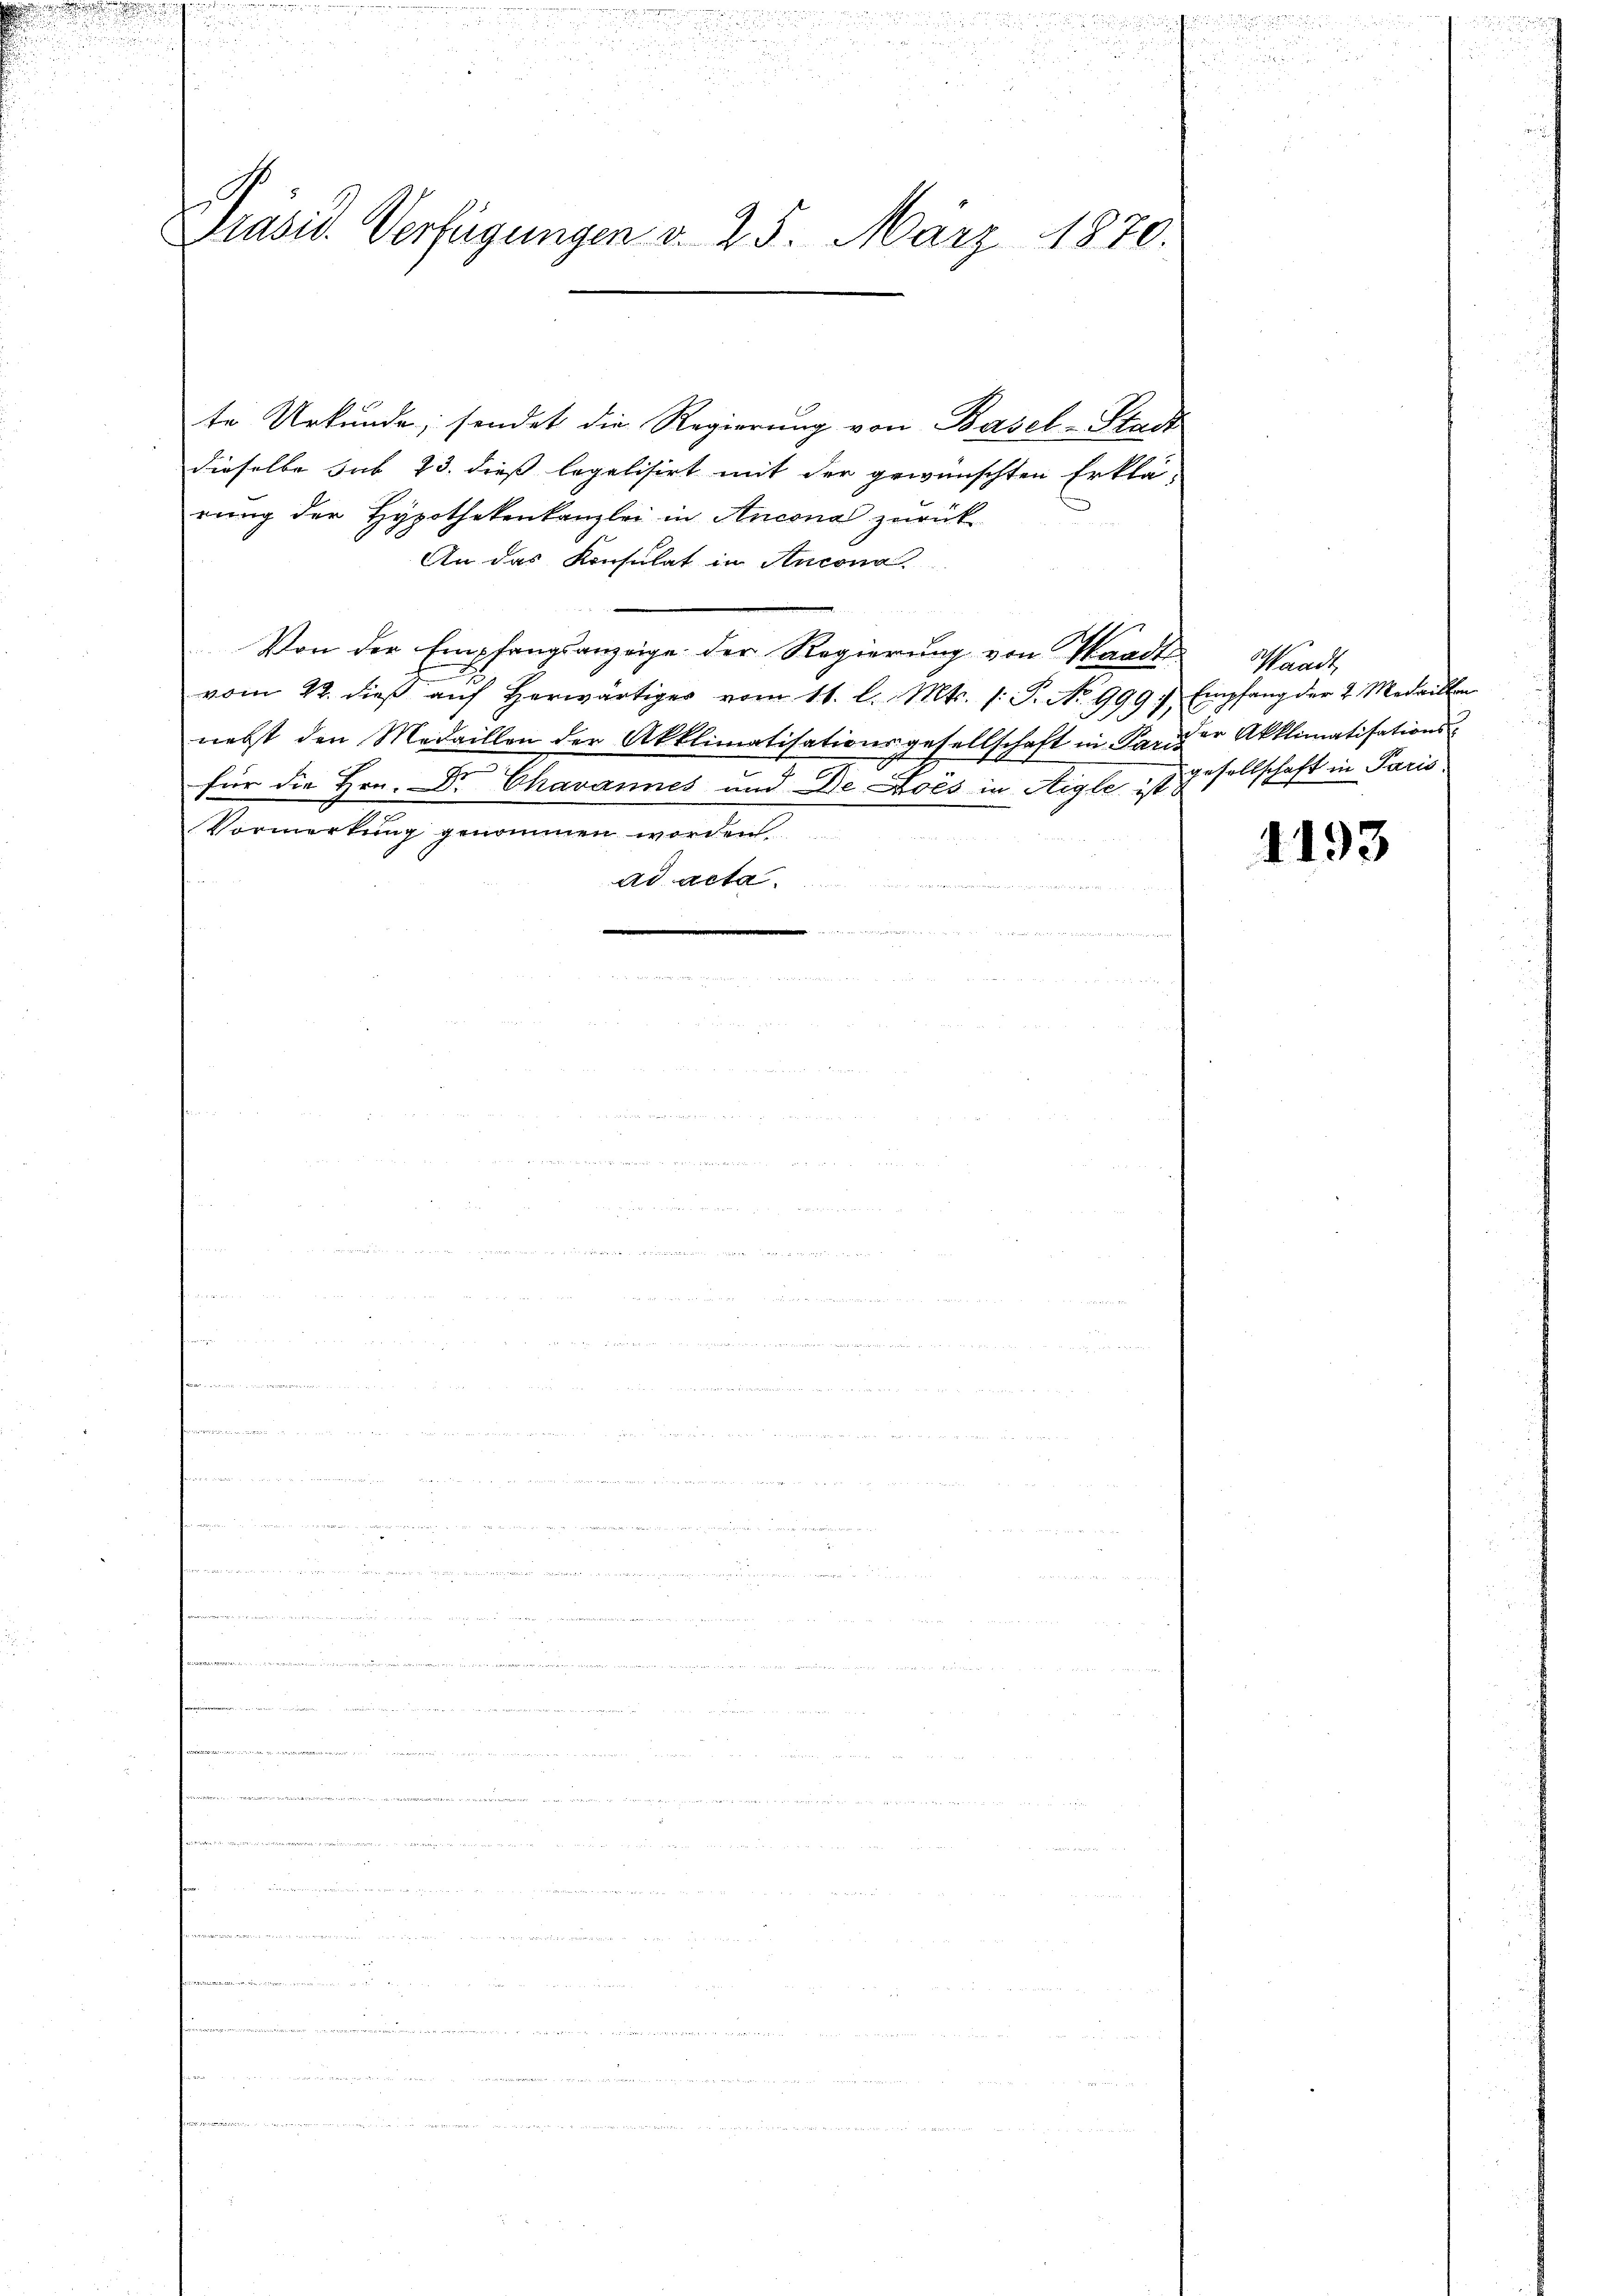
.

i

2
.
.
din
5
Präsid. Verfügungen d. 25. März 1870.

te Urkunde, sendet die Regierung von Basel-Stadt
dieselbe sub 23. dieß legalisirt mit der gewünschten Erklä-
rung der Hypothekenkanzlei in Ancona zurück
An das Konsulat in Ancona.
Von der Empfangsanzeige der Regierung von Waadt
vom 22. dieβ aŭf herwärtiger vom 11. l. Mts. /: P. No 9997 Empfang der 2. Medaillon
nebst den Medaillen der Akklimatisationsgesellschaft in Pariser Akklimatisationsfür die Hrn. Dr Chavannes und De Lois in Aigle ist gesellschaft in Paris
Vormerkung genommen worden.
Ad. Acta
 xxx

2
e

Waadt,

1193